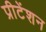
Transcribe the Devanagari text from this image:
प्रीटेंशन